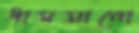
ধামসানো